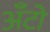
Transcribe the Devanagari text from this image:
अँटो